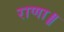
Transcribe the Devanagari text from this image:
राणा॥